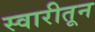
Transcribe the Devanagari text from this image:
स्वारीतून